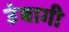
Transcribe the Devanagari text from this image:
उंबागी